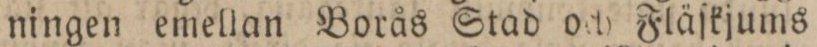
ningen emellan Borås Stad och Fläſkjums